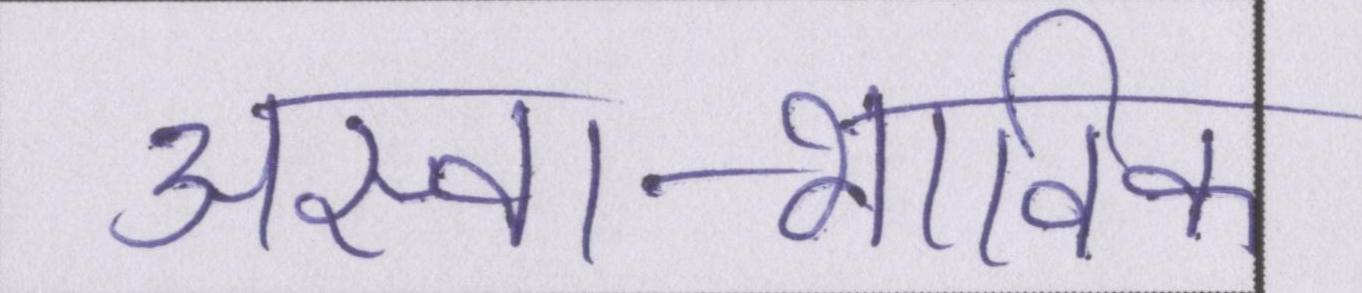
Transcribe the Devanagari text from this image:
अस्वाभाविक